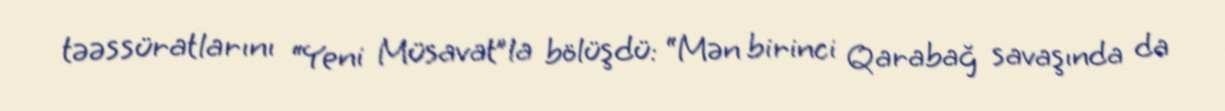
təəssüratlarını “Yeni Müsavat”la bölüşdü: “Mən birinci Qarabağ savaşında da